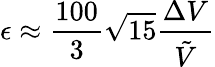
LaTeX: \epsilon\approx\frac{100}3\sqrt{15}\frac{\Delta V}{\tilde{V}}